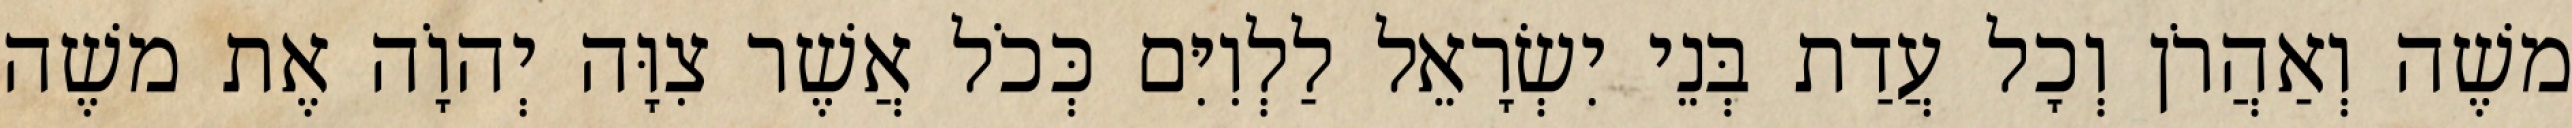
משֶׁה וְאַהֲרֹן וְכָל עֲדַת בְּנֵי יִשְׂרָאֵל לַלְוִיִּם כְּכֹל אֲשֶׁר צִוָּה יְהוָֹה אֶת משֶׁה